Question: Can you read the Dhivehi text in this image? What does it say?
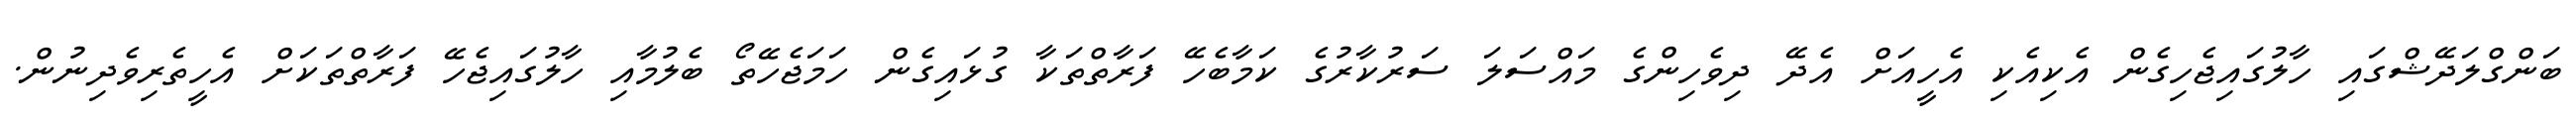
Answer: ބަންގްލަދޭޝްގައި ހާލުގައިޖެހިގެން އެކިއެކި އެހީއަށް އެދޭ ދިވެހިންގެ މައްސަލަ ސަރުކާރުގެ ކަމާބެހޭ ފަރާތްތަކާ ގުޅައިގެން ހަމަޖެހޭތޯ ބެލުމާއި ހާލުގައިޖެހޭ ފަރާތްތަކަށް އެހީތެރިވެދިނުން.